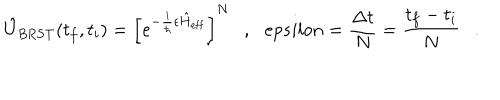
\hat { U } _ { \mathrm { B R S T } } ( t _ { f } , t _ { i } ) = \left[ e ^ { - \frac { i } { \hbar } \epsilon \hat { H } _ { \mathrm { e f f } } } \right] ^ { N } \ \ \ , \ \ \, e p s i l o n = \frac { \Delta t } { N } = \frac { t _ { f } - t _ { i } } { N } \ \ \ .